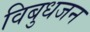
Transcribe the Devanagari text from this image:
विबुधजन